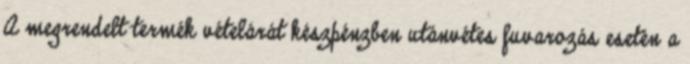
A megrendelt termék vételárát készpénzben utánvétes fuvarozás esetén a